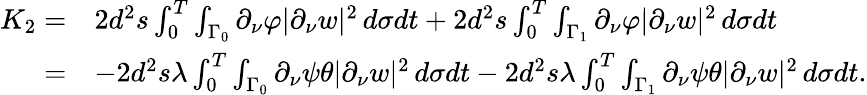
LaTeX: \begin{array}{rl}{K_{2}=}&{2d^{2}s\int_{0}^{T}\int_{\Gamma_{0}}\partial_{\nu}\varphi|\partial_{\nu}w|^{2}\, d\sigma dt+2d^{2}s\int_{0}^{T}\int_{\Gamma_{1}}\partial_{\nu}\varphi|\partial_{\nu}w|^{2}\, d\sigma dt}\\ {=}&{-2d^{2}s\lambda\int_{0}^{T}\int_{\Gamma_{0}}\partial_{\nu}\psi\theta|\partial_{\nu}w|^{2}\, d\sigma dt-2d^{2}s\lambda\int_{0}^{T}\int_{\Gamma_{1}}\partial_{\nu}\psi\theta|\partial_{\nu}w|^{2}\, d\sigma dt.}\end{array}